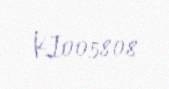
KI005808